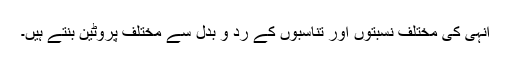
انہی کی مختلف نسبتوں اور تناسبوں کے رد و بدل سے مختلف پروٹین بنتے ہیں۔